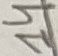
Text: 14